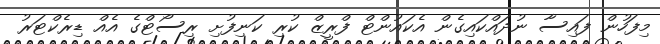
މިފަހުން ފައިސާ ނުދައްކައިގެން އެކައުންޓް ފްރީޒް ކުރި ކަނިފުށި ރިސޯޓްގެ އެއް ޑިރެކްޓަރު